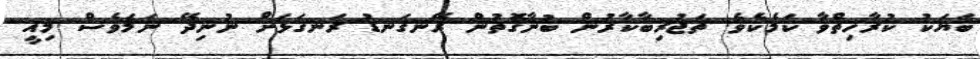
ބަޔަކު ކުރާހިތްވާ ކަމެކެވެ. ތަޖުރިބާކާރުން ބުނާގޮތުން ރޭނގަނޑު ރަނގަޅަށް ނުނިދޭ ނަމަވެސް މިއީ